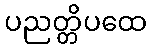
ပညတ္တိပထေ